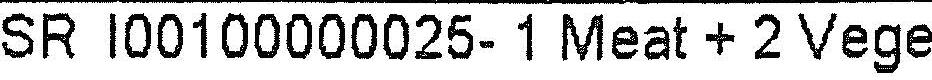
SR I00100000025- 1 MEAT + 2 VEGE